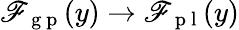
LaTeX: \mathscr{F}_{\mathrm{{~g~p~}}}(y)\rightarrow\mathscr{F}_{\mathrm{{~p~l~}}}(y)